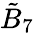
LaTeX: {\tilde{B}}_{7}